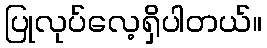
ပြုလုပ်လေ့ရှိပါတယ်။